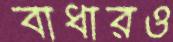
বাধারও